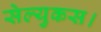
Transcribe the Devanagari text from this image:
सेल्युकस।